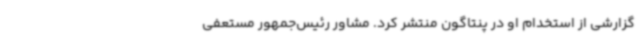
گزارشی از استخدام او در پنتاگون منتشر کرد. مشاور رئیس‌جمهور مستعفی